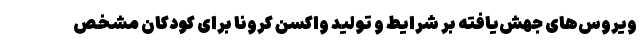
ویروس‌های جهش‌یافته بر شرایط و تولید واکسن کرونا برای کودکان مشخص